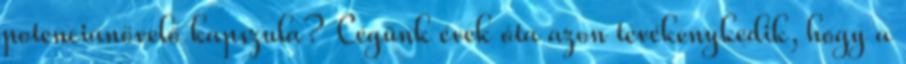
potencianövelő kapszula? Cégünk évek óta azon tevékenykedik, hogy a